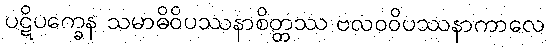
ပဋိပက္ခေန သမာဓိဝိပဿနာစိတ္တဿ ဗလဝဝိပဿနာကာလေ